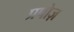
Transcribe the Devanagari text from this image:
प्रपोज़